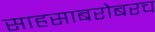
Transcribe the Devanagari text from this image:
साहसाबरोबरच